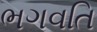
ભગવતિ